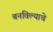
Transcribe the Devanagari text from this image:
बनविल्याचे